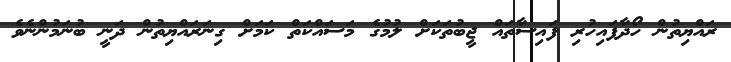
ރައްޔިތުން ހޯދާފައިހުރި ފައިސާތައް ޖީބުތަކަށް ލުމުގެ މަސައްކަތް ކަމަށް ގިނަރައްޔިތުން ދަނީ ބުނަމުންނެވެ